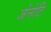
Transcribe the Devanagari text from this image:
जेनेटि